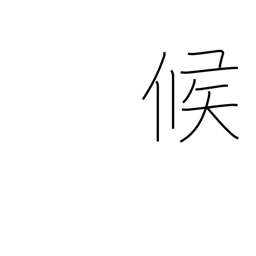
Meaning: weather